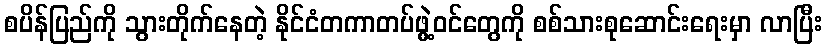
စပိန်ပြည်ကို သွားတိုက်နေတဲ့ နိုင်ငံတကာတပ်ဖွဲ့ဝင်တွေကို စစ်သားစုဆောင်းရေးမှာ လာပြီး